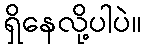
ရှိနေလို့ပါပဲ။